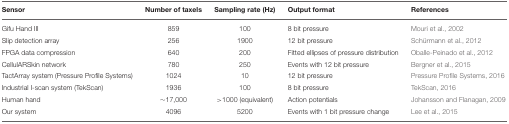
| Sensor | Number of taxels | Sampling rate (Hz) | Output format | References |
 | --- | --- | --- | --- | --- |
 | Gifu Hand III | 859 | 100 | 8 bit pressure | Mouri et al., 2002 |
 | Slip detection array | 256 | 1900 | 12 bit pressure | Schürmann et al., 2012 |
 | FPGA data compression | 640 | 200 | Fitted ellipses of pressure distribution | Oballe-Peinado et al., 2012 |
 | CellulARSkin network | 780 | 250 | Events with 12 bit pressure | Bergner et al., 2015 |
 | TactArray system (Pressure Profile Systems) | 1024 | 10 | 12 bit pressure | Pressure Profile Systems, 2016 |
 | Industrial I-scan system (TekScan) | 1936 | 100 | 8 bit pressure | TekScan, 2016 |
 | Human hand | ~17,000 | >1000 (equivalent) | Action potentials | Johansson and Flanagan, 2009 |
 | Our system | 4096 | 5200 | Events with 1 bit pressure change | Lee et al., 2015 |